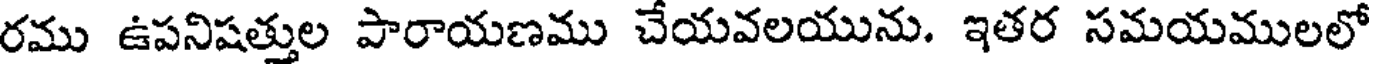
రము ఉపనిషత్తుల పారాయణము చేయవలయును. ఇతర సమయములలో